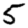
Digit: 5